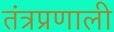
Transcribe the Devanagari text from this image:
तंत्रप्रणाली